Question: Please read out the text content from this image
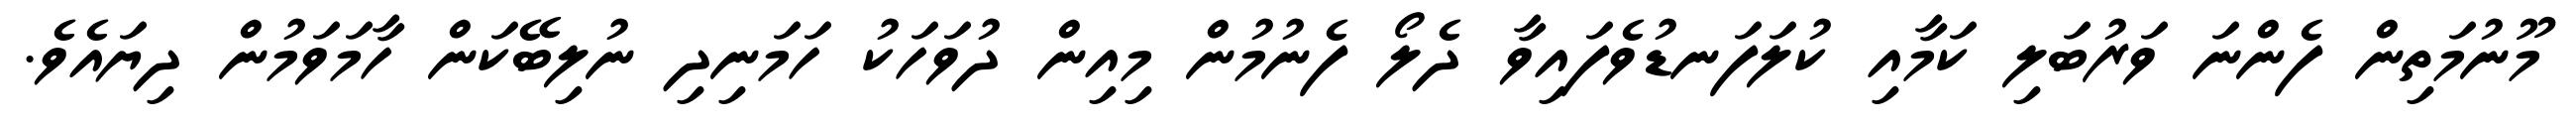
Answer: މޫނުމަތިން ފެންނަ ވަރުބަލި ކަމާއި ކުލަފަނޑުވެފައިވާ ދެލޯ ފެނުމުން މިއިން ދުވަހަކު ހަމަނިދި ނުލިބޭކަން ހާމަވަމުން ދިޔައެވެ.